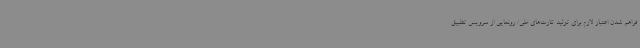
فراهم شدن اعتبار لازم برای تولید کارت‌های ملی/ رونمایی از سرویس تطبیق